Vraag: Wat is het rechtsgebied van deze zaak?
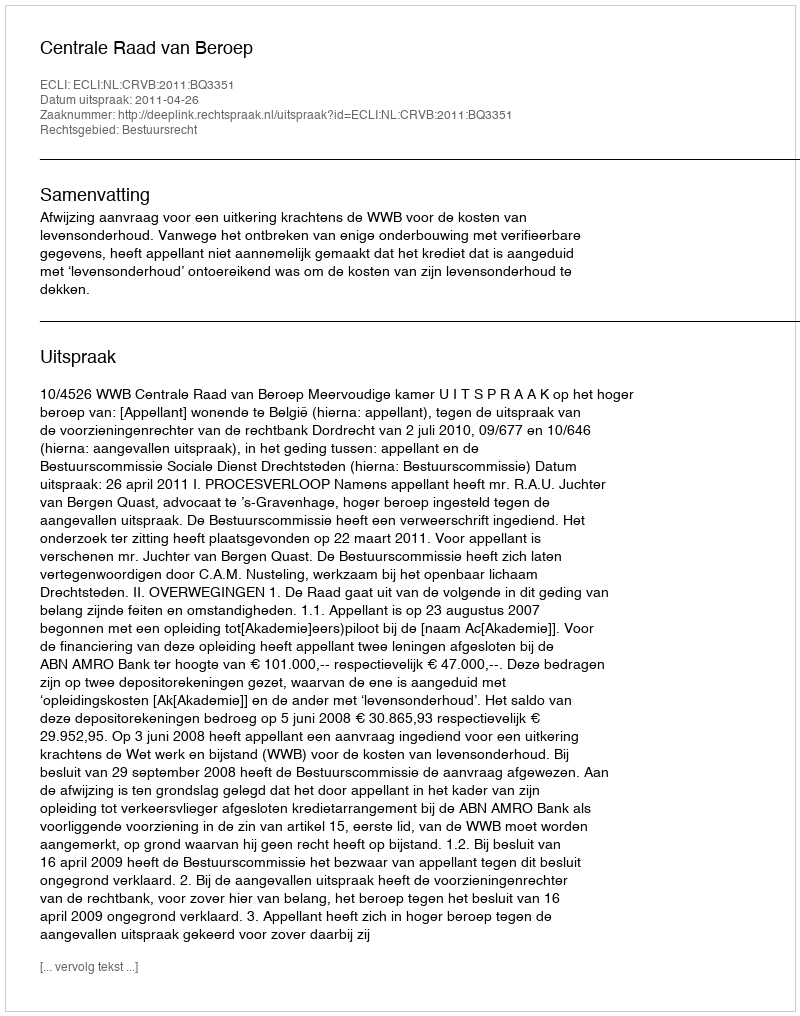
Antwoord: Bestuursrecht